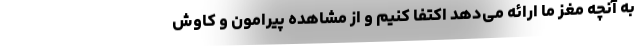
به آنچه مغز ما ارائه می‌دهد اکتفا کنیم و از مشاهده پیرامون و کاوش